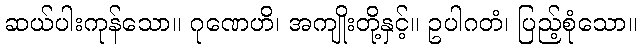
ဆယ်ပါးကုန်သော။ ဂုဏေဟိ၊ အကျိုးတို့နှင့်။ ဥပါဂတံ၊ ပြည့်စုံသော။